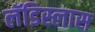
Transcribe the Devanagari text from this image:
लॅडिस्लास